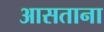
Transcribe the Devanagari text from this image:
आसताना